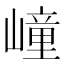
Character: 㠉